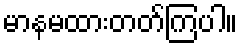
မာနမထားတတ်ကြပါ။